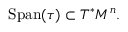
{ \mathrm { S p a n } } ( \tau ) \subset T ^ { * } M ^ { n } .